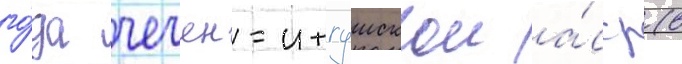
го́да чечено-ингушскои а́сср (в